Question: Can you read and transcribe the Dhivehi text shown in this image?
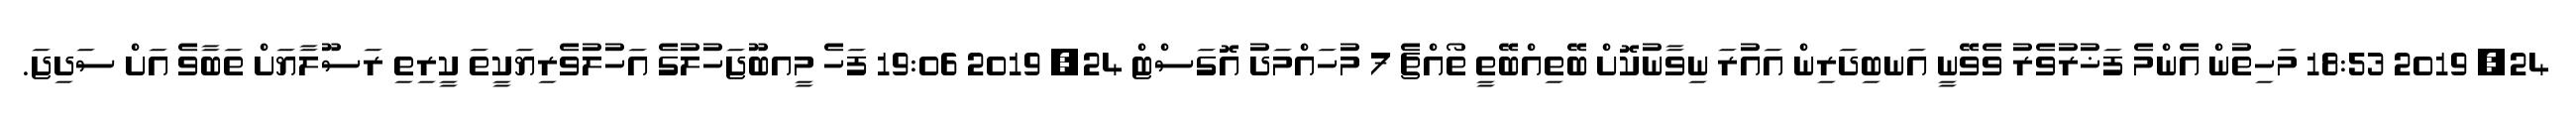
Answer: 24, 2019 18:53 މަހިތުން އެންމެ ފަޚުރުވެރު ވެވޭނީ އަނބިދަރިން އައުރަ ނިވާނުކޮށް ބޭތިއްބޭތީ ތޯއްޗެ 7 މުހައްމަދު އޮގަސްޓް 24, 2019 19:06 ފަހެ މީއބޫޖަހުލުގެ އަހުލުވެރިޔަކީތަ ކީރިތި ރަސޫލާޔަށް ތަބާވެ އަށް ސަދިޖަ.